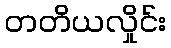
တတိယလှိုင်း